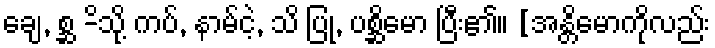
ချေ, စ္ဆ -ိသို့ ကပ်, နာမ်ငဲ့, သိ ပြု, ပစ္ဆိမော ပြီး၏။ [အန္တိမောကိုလည်း